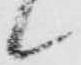
候